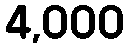
4,000